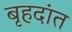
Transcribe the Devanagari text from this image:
बृहदांत